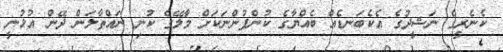
ކެނެރީގެ ނަޝީދުގެ އެކެބަނޑެއް ބެއްޔާގެ ކުންފުންނަކަށް މާލޭގެ ކުނި ނައްތާލަން ދޭން އުޅުނީ